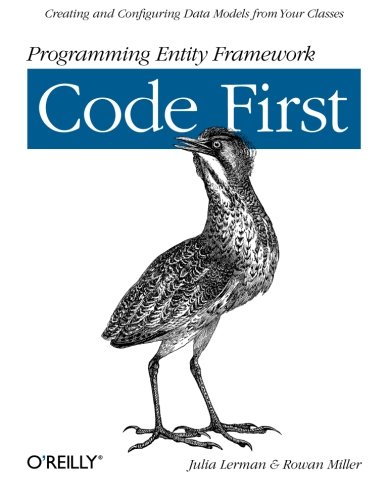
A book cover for Programming Entity Framework: Code First; Julia Lerman; Computers & Technology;